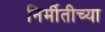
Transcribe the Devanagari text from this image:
निर्मीतीच्या